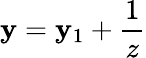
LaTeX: \mathbf{y}=\mathbf{y}_{1}+\frac{{1}}{{z}}